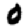
Digit: 0